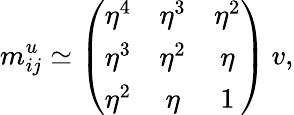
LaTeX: m_{ij}^{u}\simeq\left(\begin{array}{ccc}{{\eta^{4}}}&{{\eta^{3}}}&{{\eta^{2}}}\\ {{\eta^{3}}}&{{\eta^{2}}}&{{\eta}}\\ {{\eta^{2}}}&{{\eta}}&{{1}}\end{array}\right)\: v,